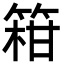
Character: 䈤